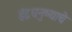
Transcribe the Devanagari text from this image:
इंद्रधनुष्याचे